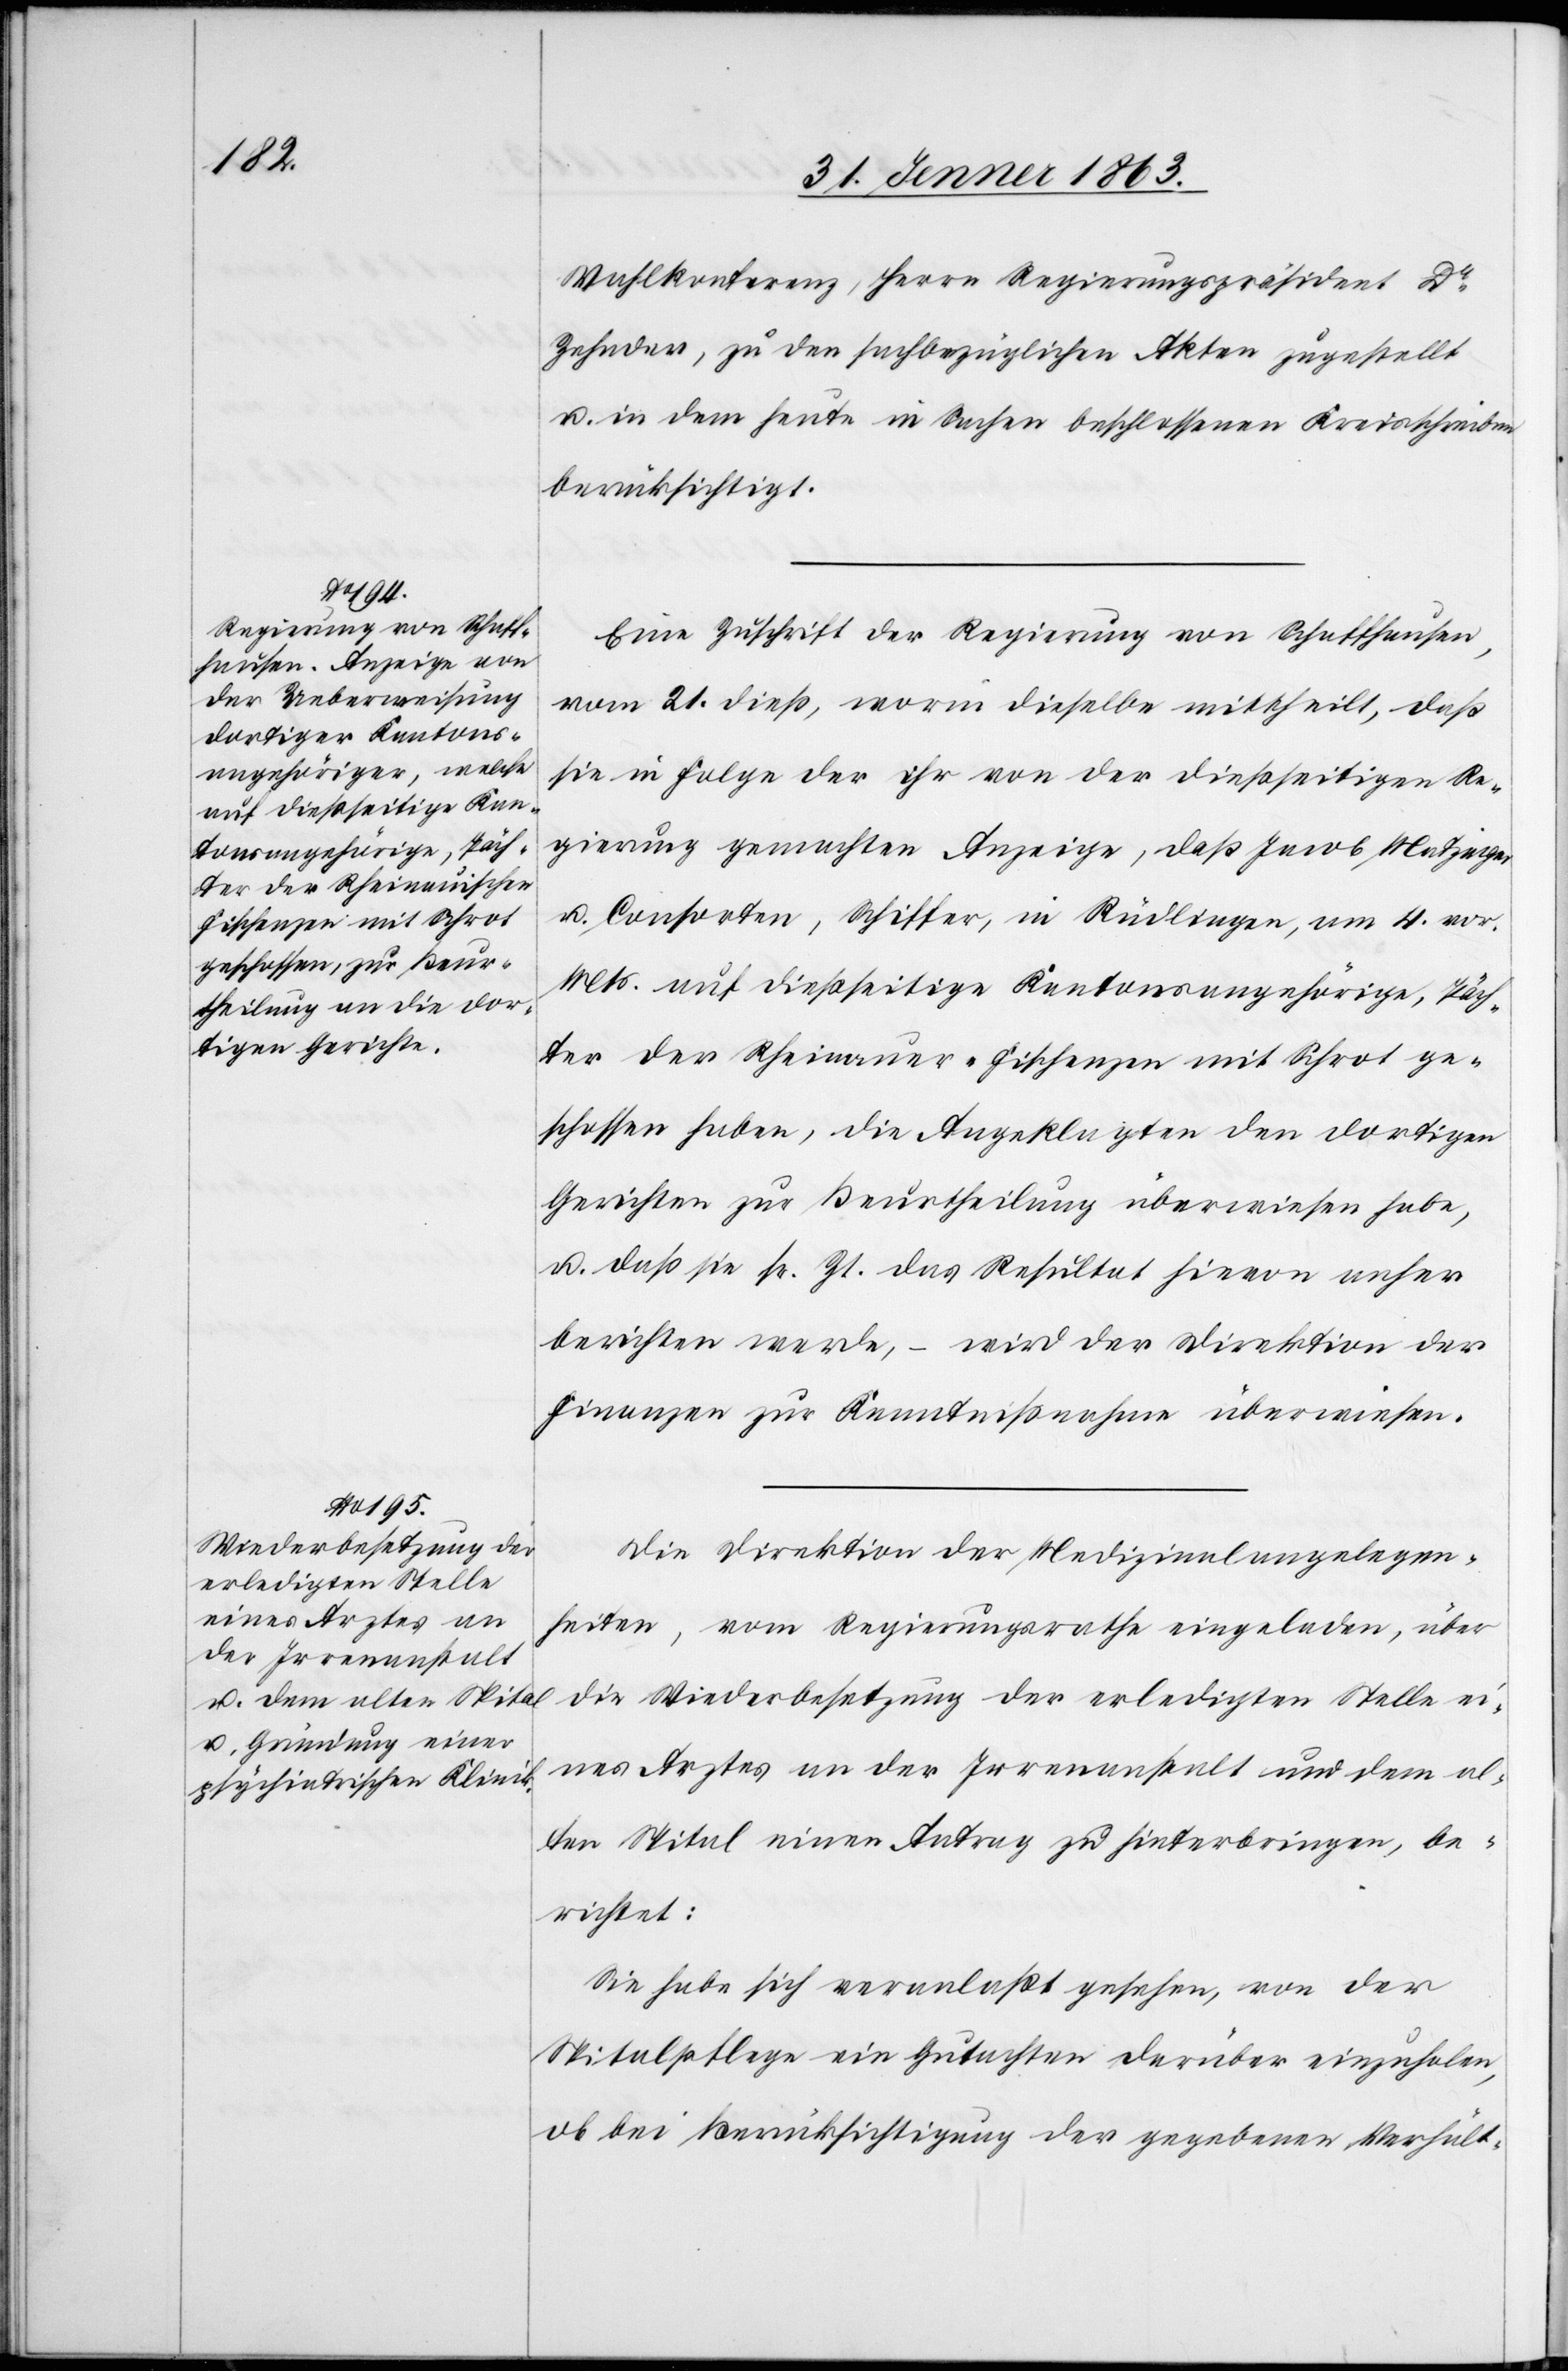
Wahlkonferenz, Herrn Regierungspräsident Dr
Zehnder, zu den sachbezüglichen Akten zugestellt
u. in dem heute in Sachen beschlossenen Kreisschreiben
berücksichtigt.
Eine Zuschrift der Regierung von Schaffhausen
vom 21. dieß, worin dieselbe mittheilt, daß
sie in Folge der ihr von der dießseitigen Re¬
gierung gemachten Anzeige, daß Jacob Matzinger
u. Consorten, Schiffer, in Rüdlingen, am 4. vor.
Mts. auf dießseitige Kantonsangehörige, Päch¬
ter der Rheinauer-Fischenzen mit Schrot ge¬
schossen haben, die Angeklagten den dortigen
Gerichten zur Beurtheilung überwiesen habe,
u. daß sie sr. Zt. das Resultat hievon anher
berichten werde, – wird der Direktion der
Finanzen zur Kenntnißnahme überwiesen.
Die Direktion der Medizinalangelegen¬
heiten, vom Regierungsrathe eingeladen, über
die Wiederbesetzung der erledigten Stelle ei¬
nes Arztes an der Irrenanstalt und dem al¬
ten Spital einen Antrag zu hinterbringen, be¬
richtet:
Sie habe sich veranlaßt gesehen, von der
Spitalpflege ein Gutachten darüber einzuholen,
ob bei Berücksichtigung der gegebenen Verhält-